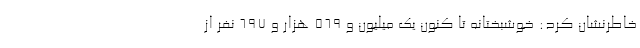
خاطرنشان کرد: خوشبختانه تا کنون یک میلیون و ۵۶۹ هزار و ۶۹۷ نفر از